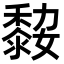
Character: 𪏼